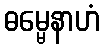
ဓမ္မေနာဟံ